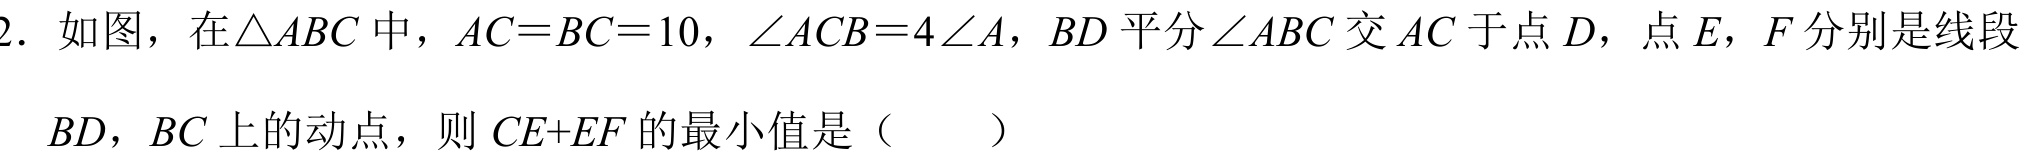
2. 如图，在\(\triangle ABC\)中，\(AC = BC = 10\)，\(\angle ACB = 4\angle A\)，\(BD\)平分\(\angle ABC\)交\(AC\)于点\(D\)，点\(E\)，\(F\)分别是线段\(BD\)，\(BC\)上的动点，则\(CE + EF\)的最小值是（  ）